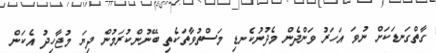
ގާތްގަނޑަކަށް ނުވަ އަހަރު ވަންދެން މެދުނުކެނޑި މަސްތުވާތަކެތި ބޭނުންކުރަމުން ދިޔަ މުޖާހިދު އެކަން